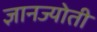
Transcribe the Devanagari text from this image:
ज्ञानज्योती